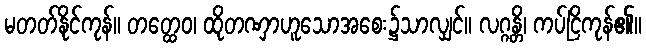
မတတ်နိုင်ကုန်။ တတ္ထေဝ၊ ထိုတဏှာဟူသောအစေး၌သာလျှင်။ လဂ္ဂန္တိ၊ ကပ်ငြိကုန်၏။